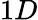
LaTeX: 1D